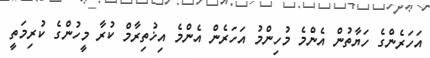
އަހަރެންގެ ހަޔާތުން އެންމެ މުހިންމު އަހަރެން އެންމެ އިޚުތިރާމް ކުރާ މީހުންގެ ކުރިމަތީ